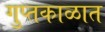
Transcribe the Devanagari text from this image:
गुप्‍तकाळात